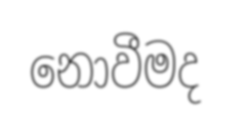
නොවීමද